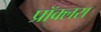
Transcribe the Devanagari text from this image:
प्रॉक्लस